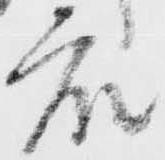
衆